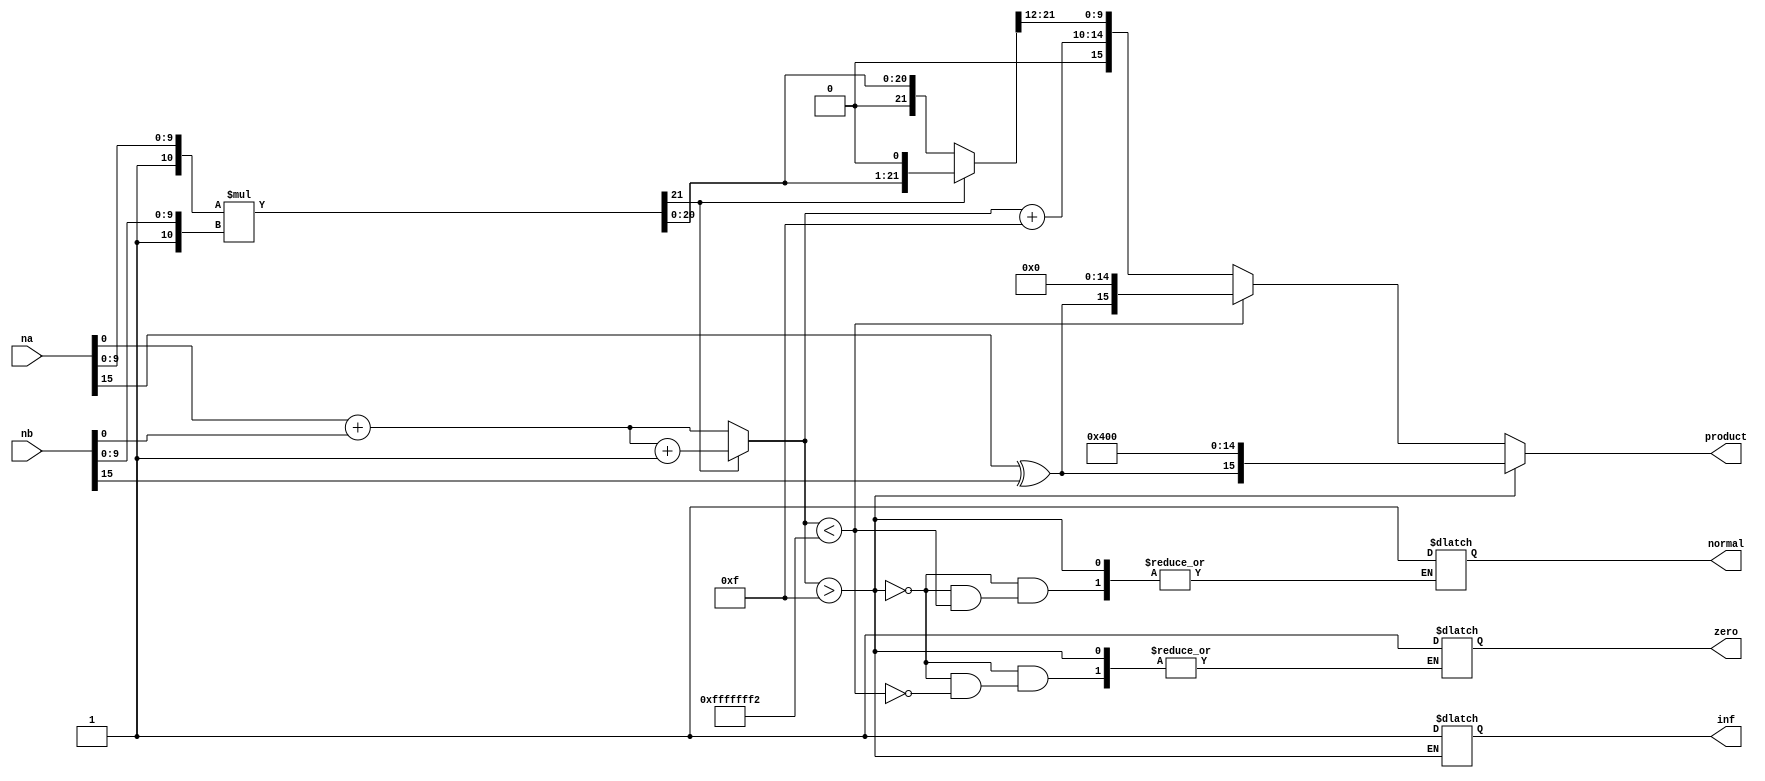
module mul_box(output reg [15:0] product ,output reg inf , zero , normal ,input [15:0] na , nb ); // Se asumen que los numeros que entran o son normales (ya normalizados)
//O se han  normalizado para operar en el caso de normal x subnormal 


reg [21:0] partialResult ; //Asumiendo que ya estan normalizados ambos se tentda maximo un producto con 22 bits (10 bits explicitos mas el uno implicito)
wire sign = na[15] ^ nb[15]; //Se calcula el signo haciendo xor de ambos bits 
reg [4:0]expa;
reg [4:0]expb;
parameter bias = 15 ; //el bias de los exponentes en IEEE 754 para 16 bits 
reg exponent ; 
always @ *
begin
partialResult = {1'b1,na[9:0]} *{ 1'b1,nb[9:0]}; // se multiplica la mantisa con la parte implicita y con el uno implicito 
expa = na[14:10]-bias;
expb = nb[14:10]-bias;
exponent = na+nb;
if(partialResult[21])// Como el valor maximo que se puede multiplicar en mantisas es (1.111..)^2 y esto produce 22 valores solo nos preocupa elm ultimo valor
//si es uno debemos normalizar el resultado
begin
    partialResult = partialResult<<1;
    exponent = exponent +1 ;
end //Ya esta normalizado el resultado

if(exponent > 15 ) // El prducto es muy grande para ser representado y se devuelve infinito
begin
product ={sign , 5'b1 , 10'b0};
inf = 1;
end else if (exponent < -14 ) // El valor es pequeo devolver zero
begin 
product = {sign , 15'b0};    
zero = 1;
end else begin 
product = {sign ,exponent+bias ,partialResult[21:12]};
normal =1;
end
end



endmodule